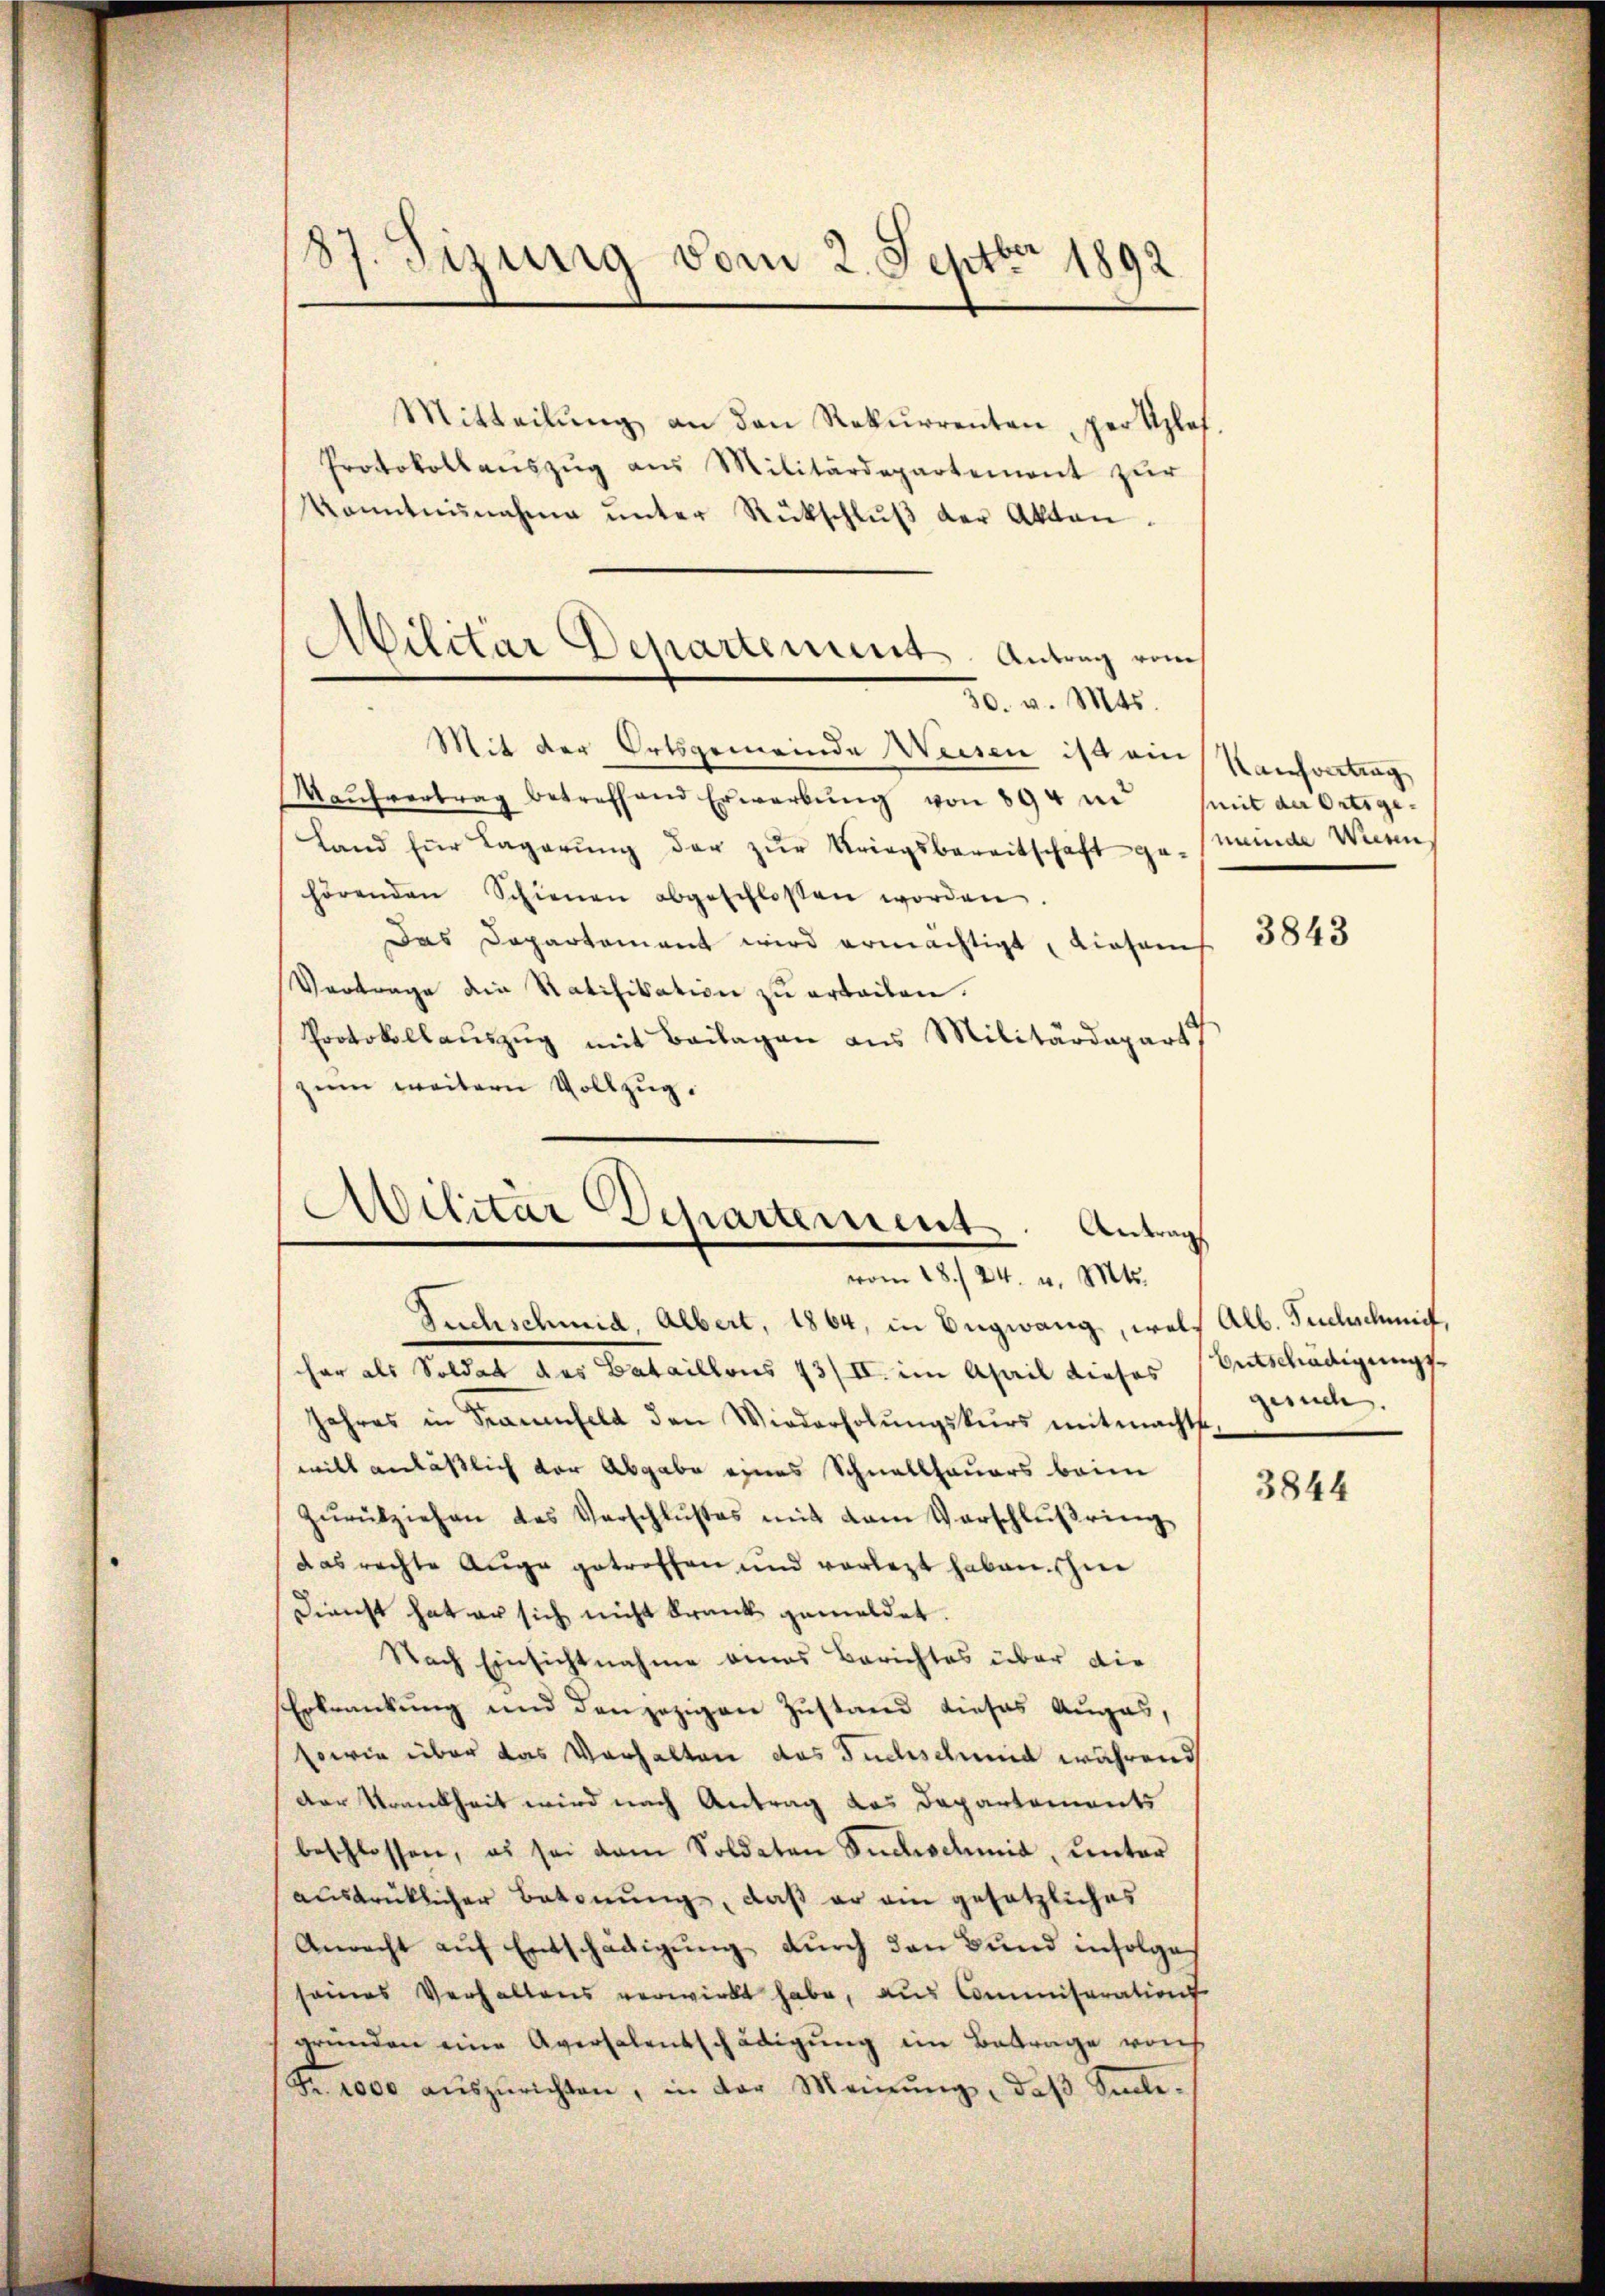
87. Sizinig vom 2. Septbr 1892

Mitteilŭng an den Rekurrenten per plat
Protokollaŭszŭg aŭs Militärdepartement zŭr
Kenntnisnahme unter Rückschlŭβ der Akten.
Mit der Ortsgemeinde Weisen ist ein
Maŭfvertrag betreffend Erwerbŭng von 894 u. mit der Ortsge-
Land für Lagerŭng der zŭr Kriegsbereitschaft ge- Minde Wienen,
hörenden Schienen abgeschlossen worden
Das Departement wird ermächtigt, diesens
Vertrage die Ratifikation zŭ ertailen.
Protokollauszug mit Beilagen aus Militärdepart
zum weitern Vollzug.

.
Militar Departement. Antrag vom
30. v. Mts.

Militär Departement. Antrags
vom 28./24. v. Mts.

Suchschmid, Albert, 1864, in Engwang, welch Alb. Fuchschmidt,
her als Soldat des Bataillons 73/II. im April dieses
Jahres in Frauenfeld den Wiederholŭngskŭrs mitmachte
will anläßlich der Abgabe eines Schnellhauers beim
Zŭrückziehen des Verschlußes mit dem Verschlŭβring
das rechte Auge getroffen und vorletzt haben schin
Dienst hat er sich nicht krank gemeldet.
Nach Einsichtnahme eines Berichtes über die
Erkrankung und den jezigen Zustand dieses Augas,
sowie über das Verhalten des Judischeid während
der Krankheit wird nach Antrag das Departements
beschlossen, es sei dem Soldaten Suchschmid, unter
ausdrüklicher Betonung, daß er ein gesetzliches
Anrecht aŭf Entschädigŭng durch den Bund infolge
seines Verhaltens verwirkt habe, aus Commiseration
gründen eine Aversalentschädigung im Betrage von
(Fr. 1000 aŭszŭrichten, in der Meinŭng, daβ siche-

Kaufvertrag

3843

Entschädigungsgesuch.

3844